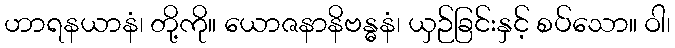
ဟာရနယာနံ၊ တို့ကို။ ယောဇနာနိဗန္ဓနံ၊ ယှဉ်ခြင်းနှင့် စပ်သော။ ဝါ၊